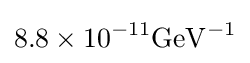
\mathrm {8.8\times 10^{-11}GeV^{-1}}